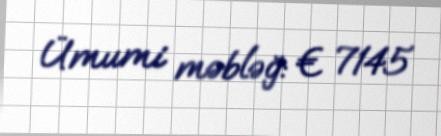
Ümumi məbləğ: € 7145